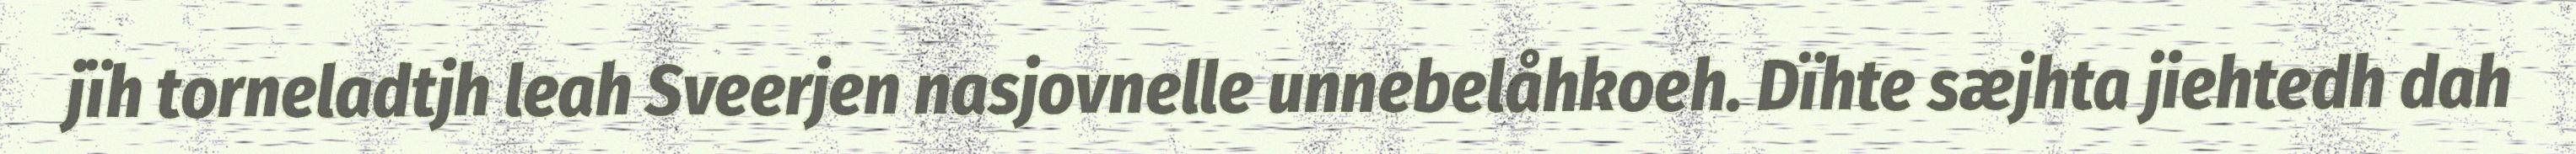
jïh torneladtjh leah Sveerjen nasjovnelle unnebelåhkoeh. Dïhte sæjhta jiehtedh dah